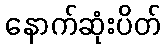
နောက်ဆုံးပိတ်